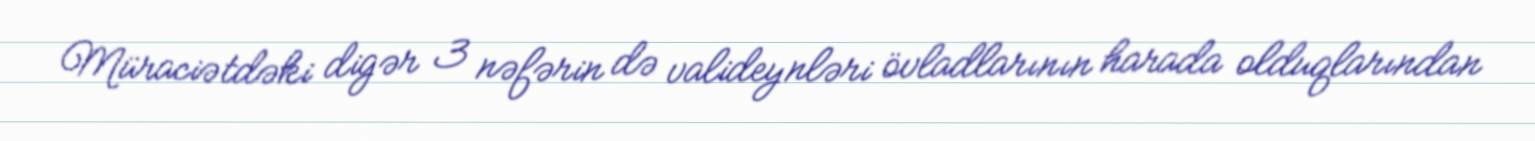
Müraciətdəki digər 3 nəfərin də valideynləri övladlarının harada olduqlarından